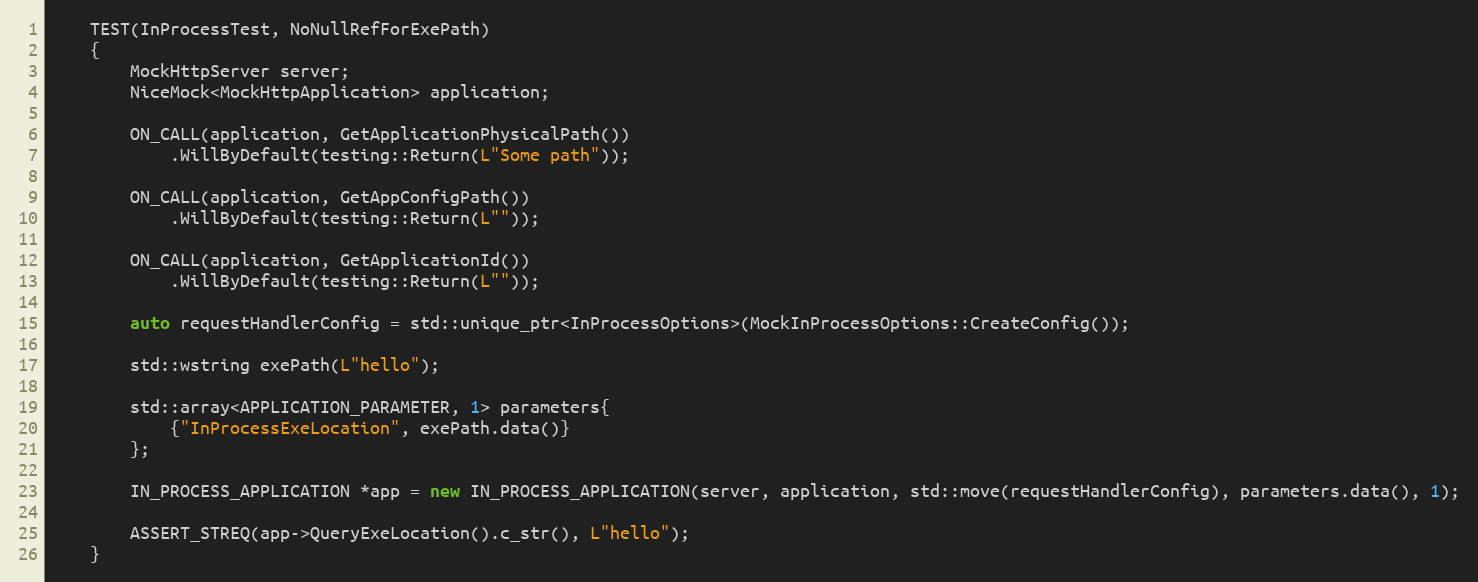
Language: C++
    TEST(InProcessTest, NoNullRefForExePath)
    {
        MockHttpServer server;
        NiceMock<MockHttpApplication> application;

        ON_CALL(application, GetApplicationPhysicalPath())
            .WillByDefault(testing::Return(L"Some path"));

        ON_CALL(application, GetAppConfigPath())
            .WillByDefault(testing::Return(L""));

        ON_CALL(application, GetApplicationId())
            .WillByDefault(testing::Return(L""));

        auto requestHandlerConfig = std::unique_ptr<InProcessOptions>(MockInProcessOptions::CreateConfig());

        std::wstring exePath(L"hello");

        std::array<APPLICATION_PARAMETER, 1> parameters{
            {"InProcessExeLocation", exePath.data()}
        };

        IN_PROCESS_APPLICATION *app = new IN_PROCESS_APPLICATION(server, application, std::move(requestHandlerConfig), parameters.data(), 1);

        ASSERT_STREQ(app->QueryExeLocation().c_str(), L"hello");
    }